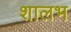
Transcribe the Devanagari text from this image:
शालभ